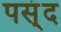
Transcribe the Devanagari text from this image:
पस्ंद